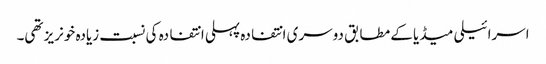
اسرائیلی میڈیا کے مطابق دوسری انتفادہ پہلی انتفادہ کی نسبت زیادہ خونریز تھی۔